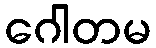
ဂေါတမ